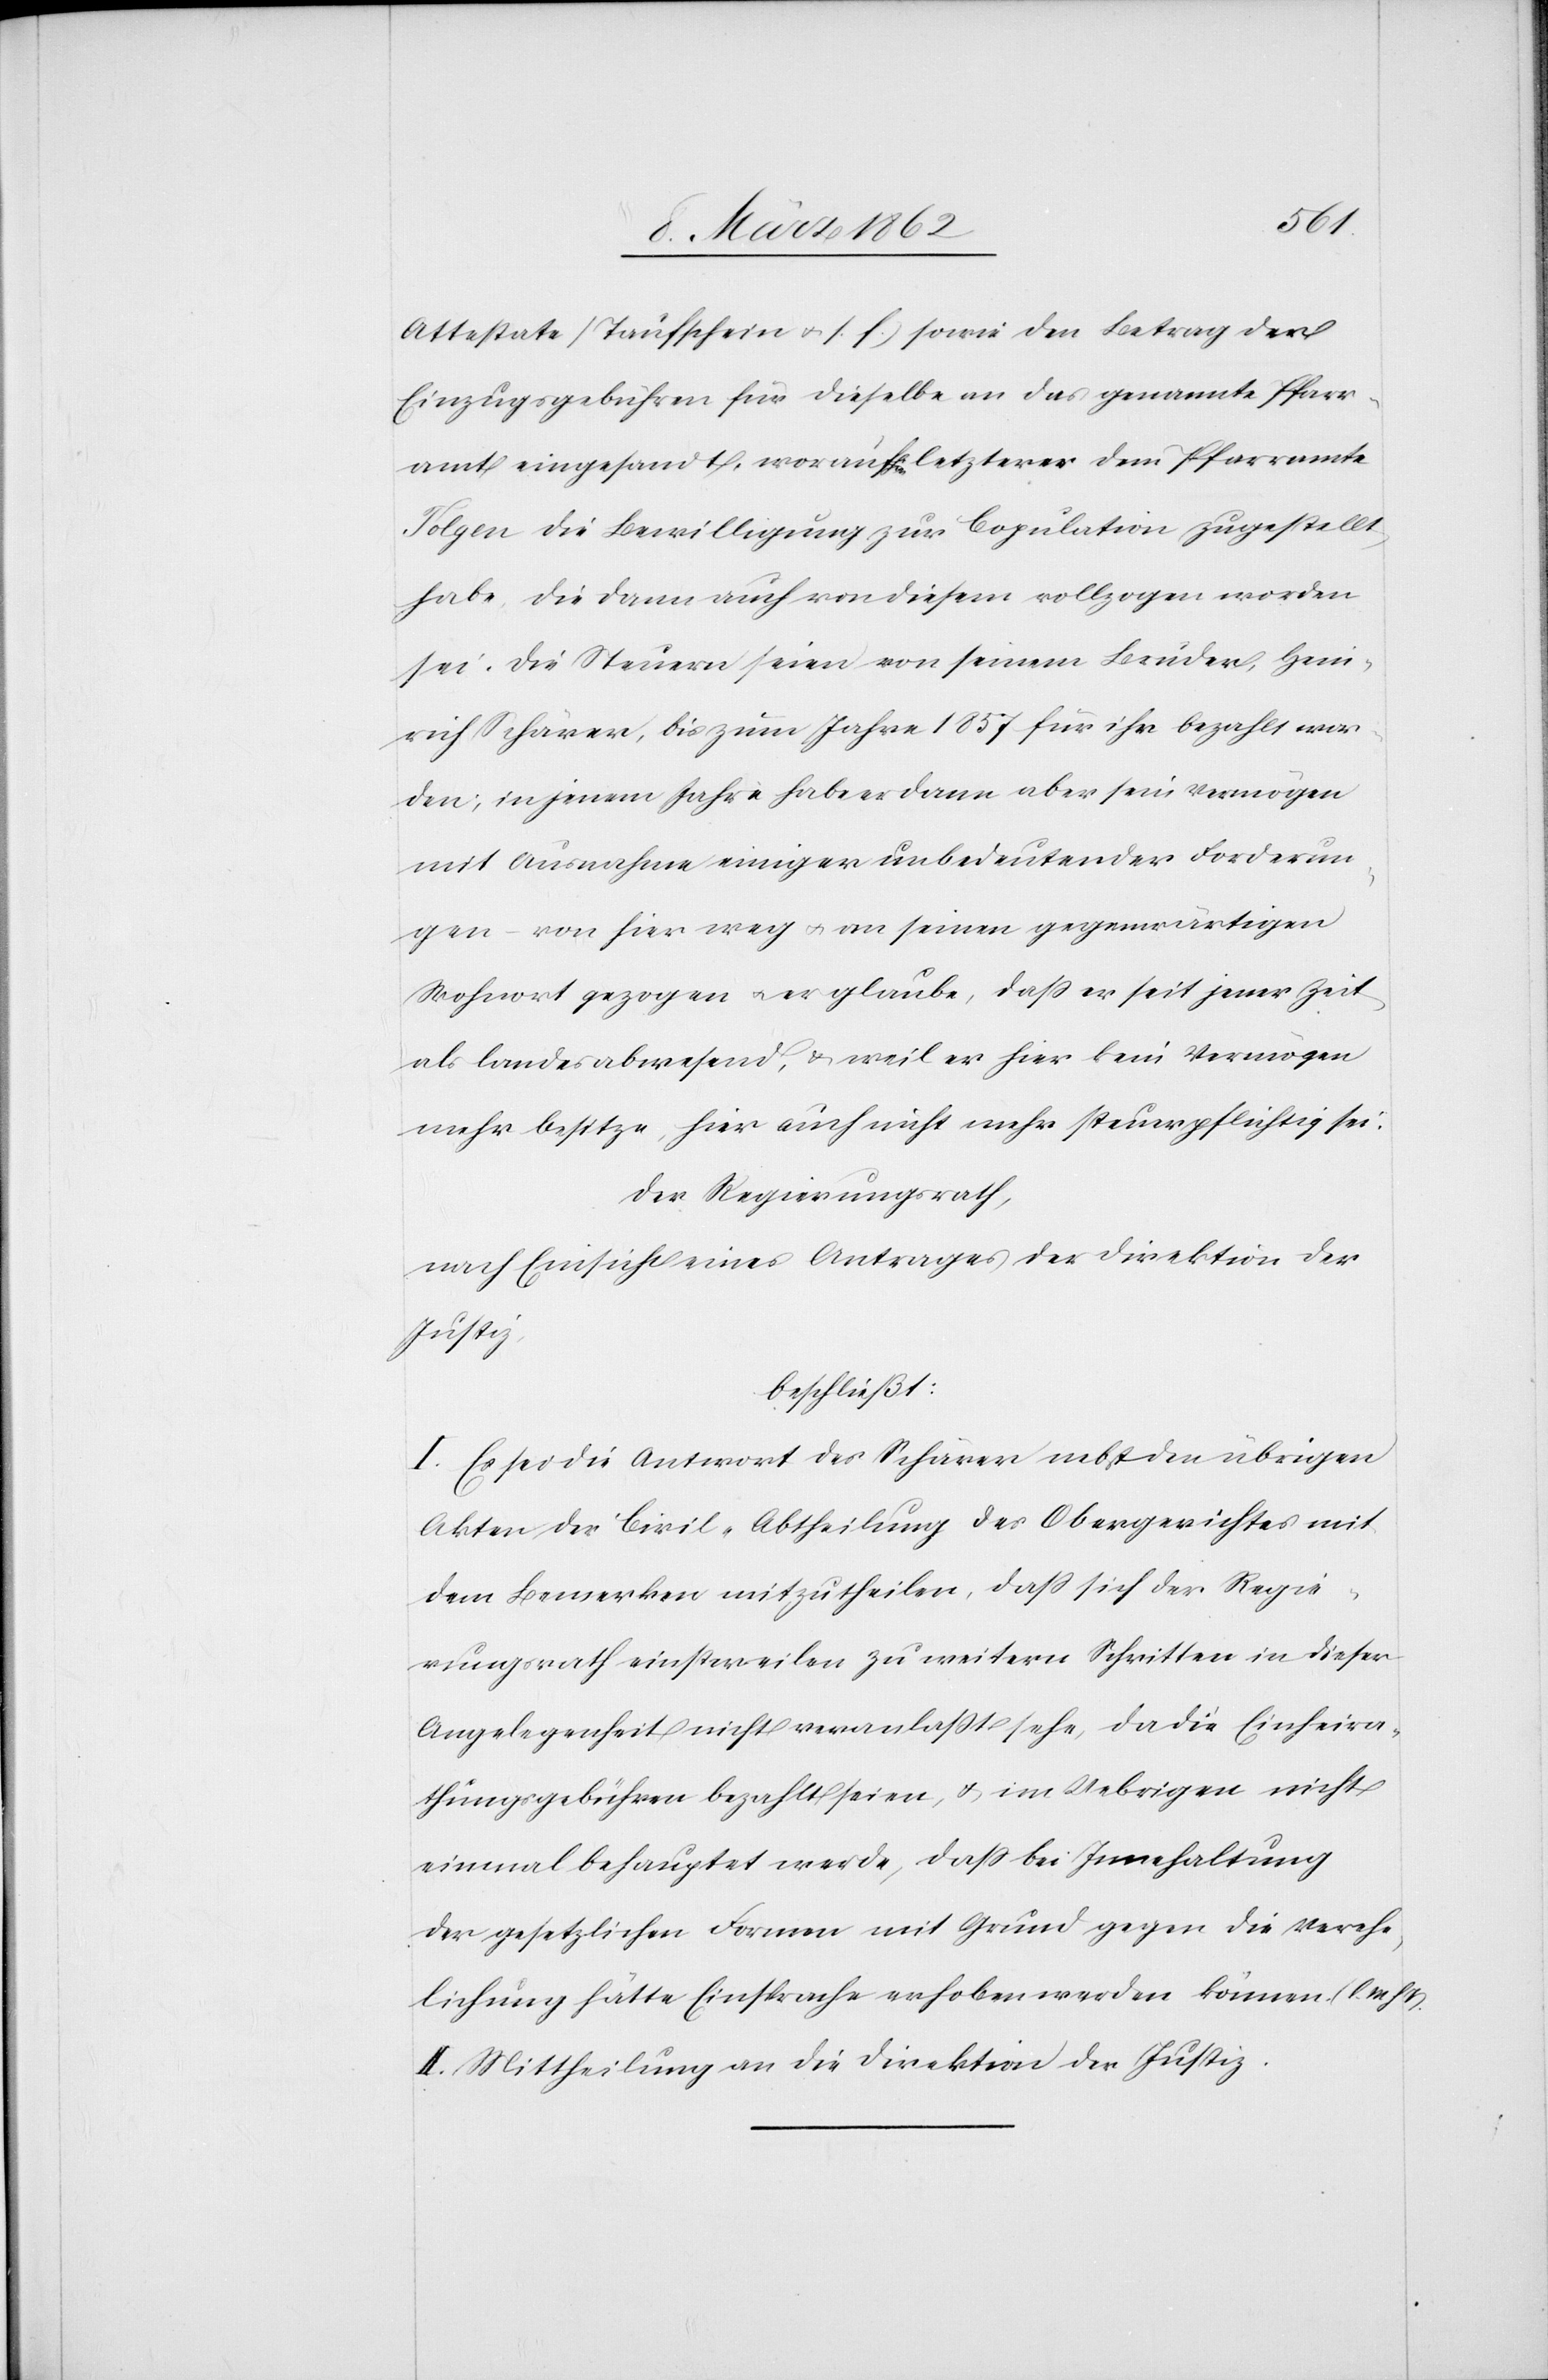
Attestate [Taufschein u. s. f.] sowie den Betrag der
Einzugsgebühren für dieselbe an das genannte Pfarr¬
amt eingesandt, woraufa-hin-a letzterer [sic!] dem Pfarramte
Tolgen die Bewilligung zur Copulation zugestellt
habe, die dann auch von diesem vollzogen worden
sei. Die Steuern seien von seinem Bruder, Hein¬
rich Schärer, bis zum Jahre 1857 für ihr [sic!] bezahlt wor¬
den, in jenem Jahre habe er dann aber sein Vermögen
mit Ausnahme einiger unbedeutender Forderun¬
gen von hier weg u. an seinen gegenwärtigen
Wohnort gezogen u. er glaube, daß er seit jener Zeit
als landesabwesend, & weil er hier kein Vermögen
mehr besitze, hier auch nicht mehr steuerpflichtig sei.
Der Regierungsrath,
nach Einsicht eines Antrages der Direktion der
Justiz,
beschließt:
I. Es sei die Antwort des Schärer nebst den übrigen
Akten der Civil-Abtheilung des Obergerichtes mit
dem Bemerken mitzutheilen, daß sich der Regie¬
rungsrath einstweilen zu weitern Schritten in dieser
Angelegenheit nicht veranlaßt sehe, da die Einheira¬
thungsgebühren bezahlt seien, & im Uebrigen nicht
einmal behauptet werde, daß bei Innehaltung
der gesetzlichen Formen mit Grund gegen die Verehe¬
lichung hätte Einsprache erhoben werden können. (l.
II. Mittheilung an die Direktion der Justiz.